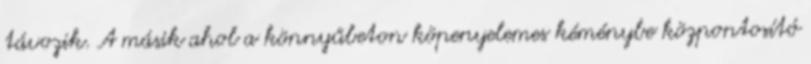
távozik. A másik ahol a könnyűbeton köpenyelemes kéménybe központosító